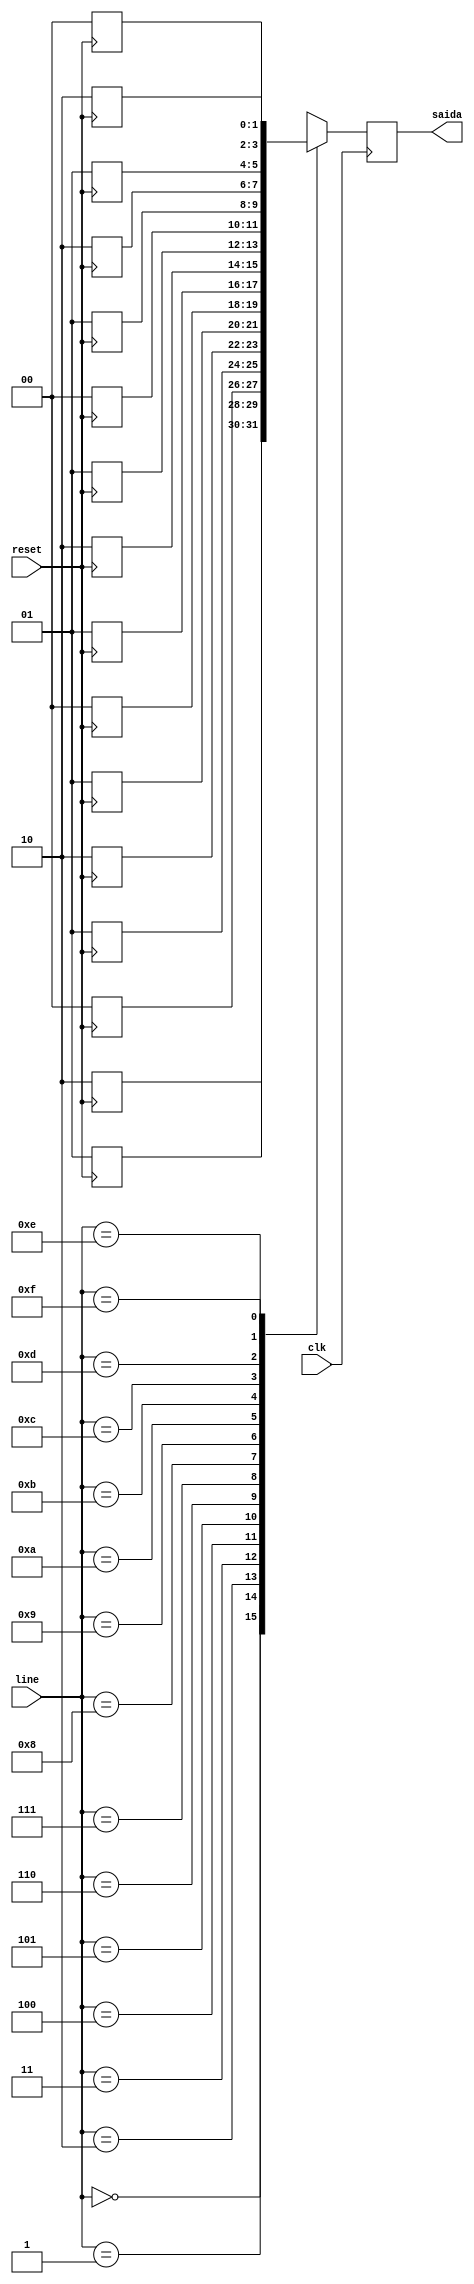
// 65255 - Westerley Carvalho Oliveira
// 92559 - Bruno Ferreira Coelho

/* Maquina de vendas, nao devolve troco e vende um produto de 40 reais.
A maquina que testa a maquina de vendas, envia somente uma moeda por vez quando
o sinal NEXT faz uma transicao de 0->1. A Maquina de Venda que ir controlar o sinal 
NEXT. A Maquina de "compra" vai enviando as moedas uma por uma, sincronizando o 
sinal Next e incrementando o endereco da proxima moeda. Quando o Sinal vendeu for
1, a maquina de compra espera a maquina de venda baixar o sinal de vendas para 
continuar a comprar com a sequencia que est na memoria.
As duas maquinas voce far usando o alto nvel de Verilog com diagrama de estados em 
CASE. A Memoria  somente um modulo de memoria com CLK. 
Dica: usar um contador, registradores, comparadores e somadores para facilitar o diagrama
de estados das duas maquinas. */

module memoria (input clk, input [3:0] line, input reset, output [1:0] saida);
  
    // Memria com 16 linhas de 2 bits
    reg [1:0] memory[0:15];
    reg [1:0] dout;

    always @ (posedge clk)
    begin 
        dout <= memory[line];
    end

    always @ (posedge reset) 
    begin
        if(reset)
        begin
            memory[0]  <= 2'd2;
            memory[1]  <= 2'd1;
            memory[2]  <= 2'd0;
            memory[3]  <= 2'd1;
            memory[4]  <= 2'd2;
            memory[5]  <= 2'd1;
            memory[6]  <= 2'd0;
            memory[7]  <= 2'd1;
            memory[8]  <= 2'd2;
            memory[9]  <= 2'd1;
            memory[10] <= 2'd0;
            memory[11] <= 2'd1;
            memory[12] <= 2'd2;
            memory[13] <= 2'd1;
            memory[14] <= 2'd2;
            memory[15] <= 2'd0;
        end
    end

    assign saida = dout;

endmodule

module maquinaMoedas(input clk, input reset, input vendeu, output [1:0]saida);

    reg [3:0] nextLine = 4'd0;

    wire newClock;
    assign newClock = ~vendeu && clk;

    memoria mem(newClock, nextLine, reset, saida);

    always @(posedge newClock)
    begin
        nextLine <= nextLine + 1;
    end
    
    always @(negedge reset)
    begin
        nextLine <= 4'd0;
    end    

endmodule

module soma(input clk, input [5:0] a, input [1:0] b, output [5:0] saida);

    reg [5:0] c = 6'd0;

    always@ (posedge clk)
    begin
        case (b)
            2'd0: c <= a + 6'd5;
            2'd1: c <= a + 6'd10;
            2'd2: c <= a + 6'd20;
        endcase
    end

    assign saida = c;

endmodule

module compara(input clk, input [5:0] a, output saida);

    reg b = 1'd0;
    always@ (posedge clk)
    begin
        b <= (a >= 6'd40) ? 1'd1 : 1'd0;
    end

    assign saida = b;

endmodule

module flipflop (input clk, input [5:0] data, input naoVendeu, output [5:0] saida);
    
    reg [5:0] q = 6'd0;

    always @(posedge clk or negedge naoVendeu) 
    begin
        q <= data; 
        if (naoVendeu == 1'b0)
            q <= 6'd0;  
    end

    assign saida = q;

endmodule

module maquinaVendas(input clk, input [1:0] moeda, input reset, output saida);

    wire [5:0] saldo;
    wire [5:0] newSaldo;
    wire vendeu;

    soma s1(clk, saldo, moeda,
        newSaldo);
    
    flipflop f1(clk, newSaldo, ~vendeu,
        saldo);
    
    compara c1(clk, saldo,
        vendeu);

    assign saida = vendeu;

endmodule

module main;

    reg clk;
    reg reset;

    wire vendeu;
    wire [1:0] moeda;

    maquinaMoedas m1(clk, reset, vendeu,    // entradas
        moeda);                             // saidas
    
    maquinaVendas m2(clk, moeda, reset,     // entradas
        vendeu);                            // saidas

    initial 
        clk = 1'b0;
    always
        clk = #(1) ~clk;

    // visualizar formas de onda usar gtkwave out.vcd
    initial  begin
        $dumpfile ("out.vcd"); 
        $dumpvars; 
    end 

    initial 
        begin
            $monitor($time," Clock: %b Vendeu %b Moeda: %b", clk, vendeu, moeda);
            #1 reset = 0;
            #1 reset = 1;
            #64;
            $finish ;
        end

endmodule